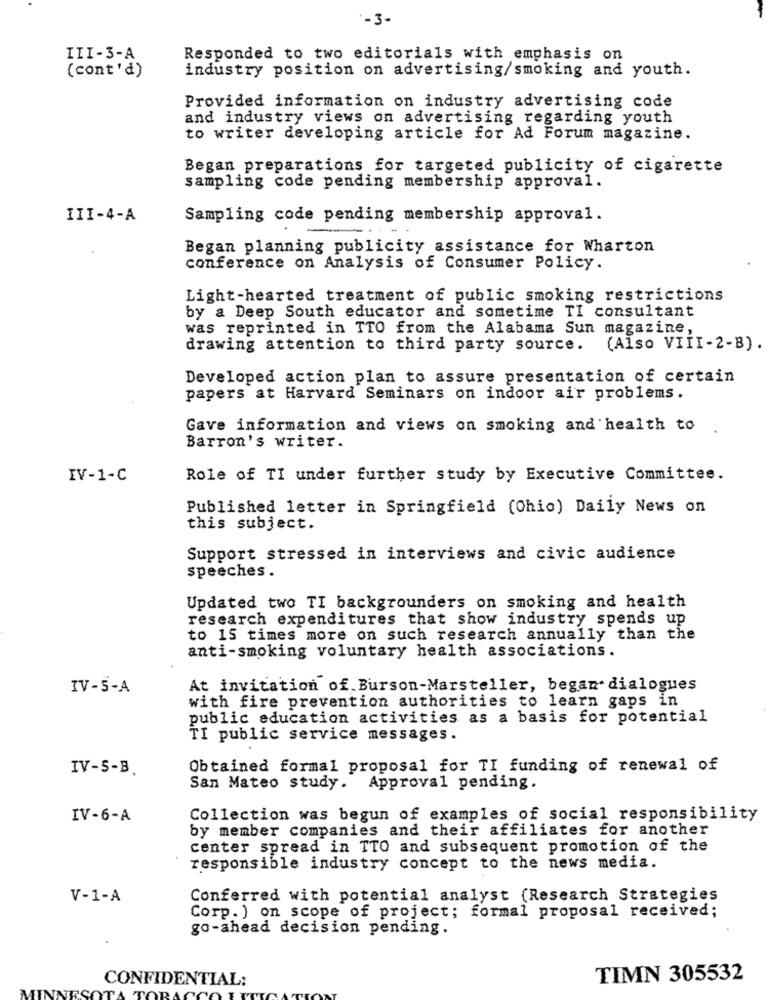
'-3-
III-3-A
Responded to two editorials with emphasis on
industry position on advertising/smoking and youth.
(cont'd)
Provided information on industry advertising code
and industry views on advertising regarding youth
to writer developing article for Ad Forum magazine.
Began preparations for targeted publicity of cigarette
sampling code pending membership approval.
III-4-A
Sampling code pending membership approval.
Began planning publicity assistance for Wharton
conference on Analysis of Consumer Policy.
Light-hearted treatment of public smoking restrictions
by a Deep South educator and sometime TI consultant
was reprinted in TTO from the Alabama Sun magazine,
drawing attention to third party source. (Also VIII-2-B).
Developed action plan to assure presentation of certain
papers at Harvard Seminars on indoor air problems.
Gave information and views on smoking and health to
Barron's writer.
IV-1-C
Role of TI under further study by Executive Committee.
Published letter in Springfield (Ohio) Daily News on
this subject.
Support stressed in interviews and civic audience
speeches.
Updated two TI backgrounders on smoking and health
research expenditures that show industry spends up
to 15 times more on such research annually than the
anti-smoking voluntary health associations.
IV-5-A
At invitation of Burson-Marsteller, began dialogues
with fire prevention authorities to learn gaps in
public education activities as a basis for potential
TI public service messages.
IV-5-B.
Obtained formal proposal for TI funding of renewal of
San Mateo study.
Approval pending.
IV-6-A
Collection was begun of examples of social responsibility
by member companies and their affiliates for another
center spread in TTO and subsequent promotion of the
responsible industry concept to the news media.
V-1-A
Conferred with potential analyst (Research Strategies
Corp. ) on scope of project; formal proposal received;
go-ahead decision pending.
CONFIDENTIAL:
TIMN 305532